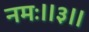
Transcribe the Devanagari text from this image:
नमः॥३॥